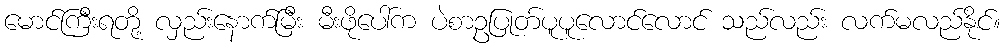
မောင်ကြီးရတို့ လှည်းနောက်မြီး မီးဖိုပေါ်က ပဲစာဥပြုတ်ပူပူလောင်လောင် သည်လည်း လက်မလည်နိုင်။